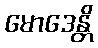
မောဒေန္တိ